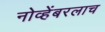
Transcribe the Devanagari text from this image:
नोव्हेंबरलाच